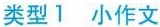
类型1小作文